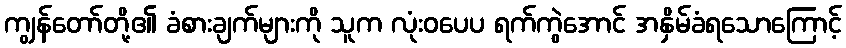
ကျွန်တော်တို့၏ ခံစားချက်များကို သူက လုံးဝပေပ ရက်ကွဲအောင် အနှိမ်ခံရသောကြောင့်